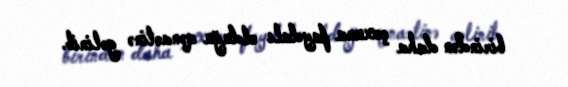
birindən daha çoxuna faydalı olduğu qənaətinə gəlinib.